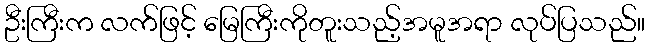
ဦးကြီးက လက်ဖြင့် မြေကြီးကိုတူးသည့်အမူအရာ လုပ်ပြသည်။